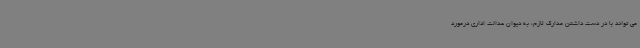
می تواند با در دست داشتن مدارک لازم، به دیوان عدالت اداری درمورد